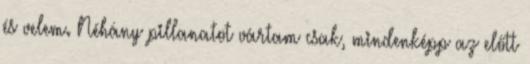
és velem. Néhány pillanatot vártam csak, mindenképp az előtt